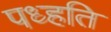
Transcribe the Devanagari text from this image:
पध्हति